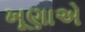
ખૂણાએ